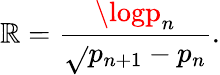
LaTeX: \mathbb{R}={\frac{{\logp_{n}}}{{\sqrt{}{{p_{n+1}-p_{n}}}}}}.